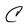
Character: C